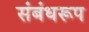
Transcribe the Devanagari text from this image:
संबंधरूप